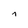
Character: i